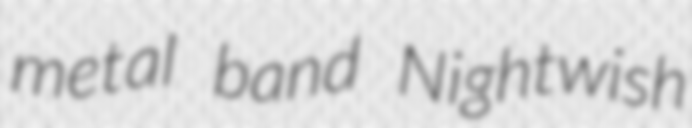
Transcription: metal band Nightwish